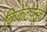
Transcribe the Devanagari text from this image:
क्रिकेटपटूचे